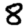
Digit: 8